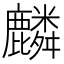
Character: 麟